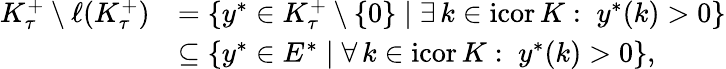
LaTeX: \begin{array}{rl}{K_{\tau}^{+}\setminus\ell(K_{\tau}^{+})}&{=\{ y^{*}\in K_{\tau}^{+}\setminus\{ 0\} \mid\exists\, k\in\mathrm{icor}\, K:\; y^{*}(k)>0\} }\\ &{\subseteq\{ y^{*}\in E^{*}\mid\forall\, k\in\mathrm{icor}\, K:\; y^{*}(k)>0\} ,}\end{array}